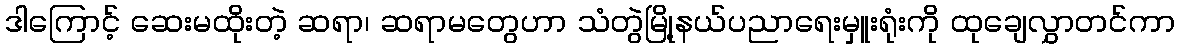
ဒါကြောင့် ဆေးမထိုးတဲ့ ဆရာ၊ ဆရာမတွေဟာ သံတွဲမြို့နယ်ပညာရေးမှူးရုံးကို ထုချေလွှာတင်ကာ